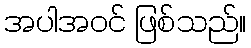
အပါအဝင် ဖြစ်သည်။